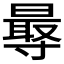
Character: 𭕁